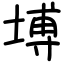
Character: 㙛